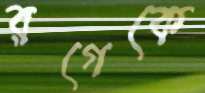
রগেকে